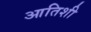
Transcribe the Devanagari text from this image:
आतिशी